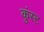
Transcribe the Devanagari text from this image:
कुंस्ट